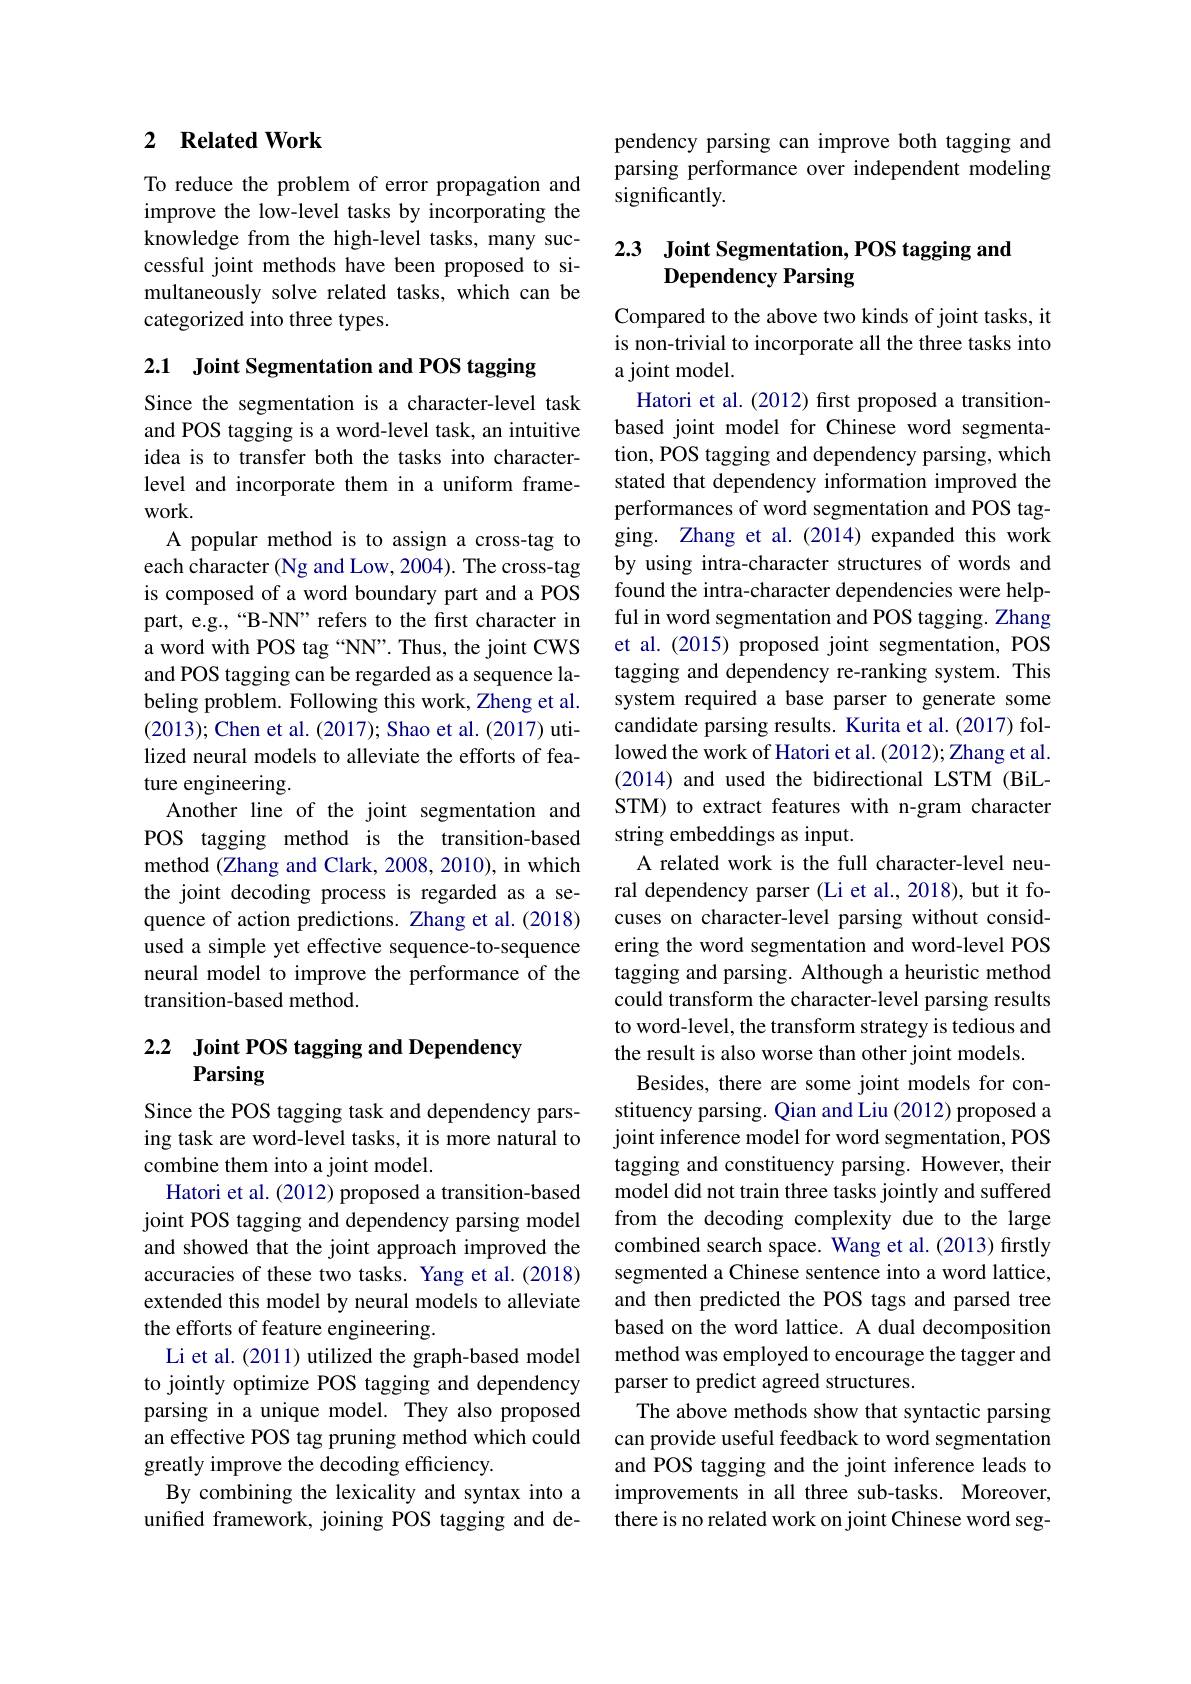
## 2 $\textbf{Related Work}$

To reduce the problem of error propagation and improve the low-level tasks by incorporating the knowledge from the high-level tasks, many successful joint methods have been proposed to simultaneously solve related tasks, which can be categorized into three types.

2.1 Joint Segmentation and POS tagging
Since the segmentation is a character-level task and POS tagging is a word-level task, an intuitive idea is to transfer both the tasks into characterlevel and incorporate them in a uniform framework.
A popular method is to assign a cross-tag to each character (Ng and Low, 2004). The cross-tag is composed of a word boundary part and a POS part, e.g.,“B-NN" refers to the first character in a word with POS tag “NN”. Thus, the joint CWS and POS tagging can be regarded as a sequence labeling problem. Following this work, Zheng et al. (2013); Chen et al. (2017); Shao et al. (2017) utilized neural models to alleviate the efforts of feature engineering.
Another line of the joint segmentation and POS tagging method is the transition-based method (Zhang and Clark, 2008, 2010), in which the joint decoding process is regarded as a sequence of action predictions. Zhang et al.(2018) used a simple yet effective sequence-to-sequence neural model to improve the performance of the transition-based method.

# 2.2 Joint POS tagging and Dependency Parsing

Since the POS tagging task and dependency parsing task are word-level tasks, it is more natural to combine them into a joint model.
Hatori et al. (2012) proposed a transition-based joint POS tagging and dependency parsing model and showed that the joint approach improved the accuracies of these two tasks. Yang et al.(2018) extended this model by neural models to alleviate the efforts of feature engineering.
Li et al. (2011) utilized the graph-based model to jointly optimize POS tagging and dependency parsing in a unique model. They also proposed an effective POS tag pruning method which could greatly improve the decoding efficiency.
By combining the lexicality and syntax into a unified framework, joining POS tagging and de-

pendency parsing can improve both tagging and parsing performance over independent modeling significantly.

## 2.3 Joint Segmentation, POS tagging and Dependency Parsing

Compared to the above two kinds of joint tasks, it is non-trivial to incorporate all the three tasks into a joint model.
Hatori et al. (2012) first proposed a transitionbased joint model for Chinese word segmentation, POS tagging and dependency parsing, which stated that dependency information improved the performances of word segmentation and POS tagging. Zhang et al.(2014) expanded this work by using intra-character structures of words and found the intra-character dependencies were helpful in word segmentation and POS tagging. Zhang et al.(2015) proposed joint segmentation, POS tagging and dependency re-ranking system. This system required a base parser to generate some candidate parsing results. Kurita et al. (2017) followed the work of Hatori et al. (2012); Zhang et al. (2014) and used the bidirectional LSTM (BiLSTM) to extract features with n-gram character string embeddings as input.
A related work is the full character-level neural dependency parser (Li et al., 2018), but it focuses on character-level parsing without considering the word segmentation and word-level POS tagging and parsing. Although a heuristic method could transform the character-level parsing results to word-level, the transform strategy is tedious and the result is also worse than other joint models.
Besides, there are some joint models for constituency parsing. Qian and Liu (2012) proposed a joint inference model for word segmentation, POS tagging and constituency parsing. However, their model did not train three tasks jointly and suffered from the decoding complexity due to the large combined search space. Wang et al.(2013) firstly segmented a Chinese sentence into a word lattice, and then predicted the POS tags and parsed tree based on the word lattice. A dual decomposition method was employed to encourage the tagger and parser to predict agreed structures.
The above methods show that syntactic parsing can provide useful feedback to word segmentation and POS tagging and the joint inference leads to improvements in all three sub-tasks. Moreover, there is no related work on joint Chinese word seg-